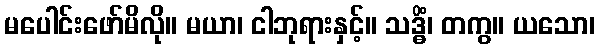
မပေါင်းဖော်မိလို။ မယာ၊ ငါဘုရားနှင့်။ သဒ္ဓိံ၊ တကွ။ ယသော၊